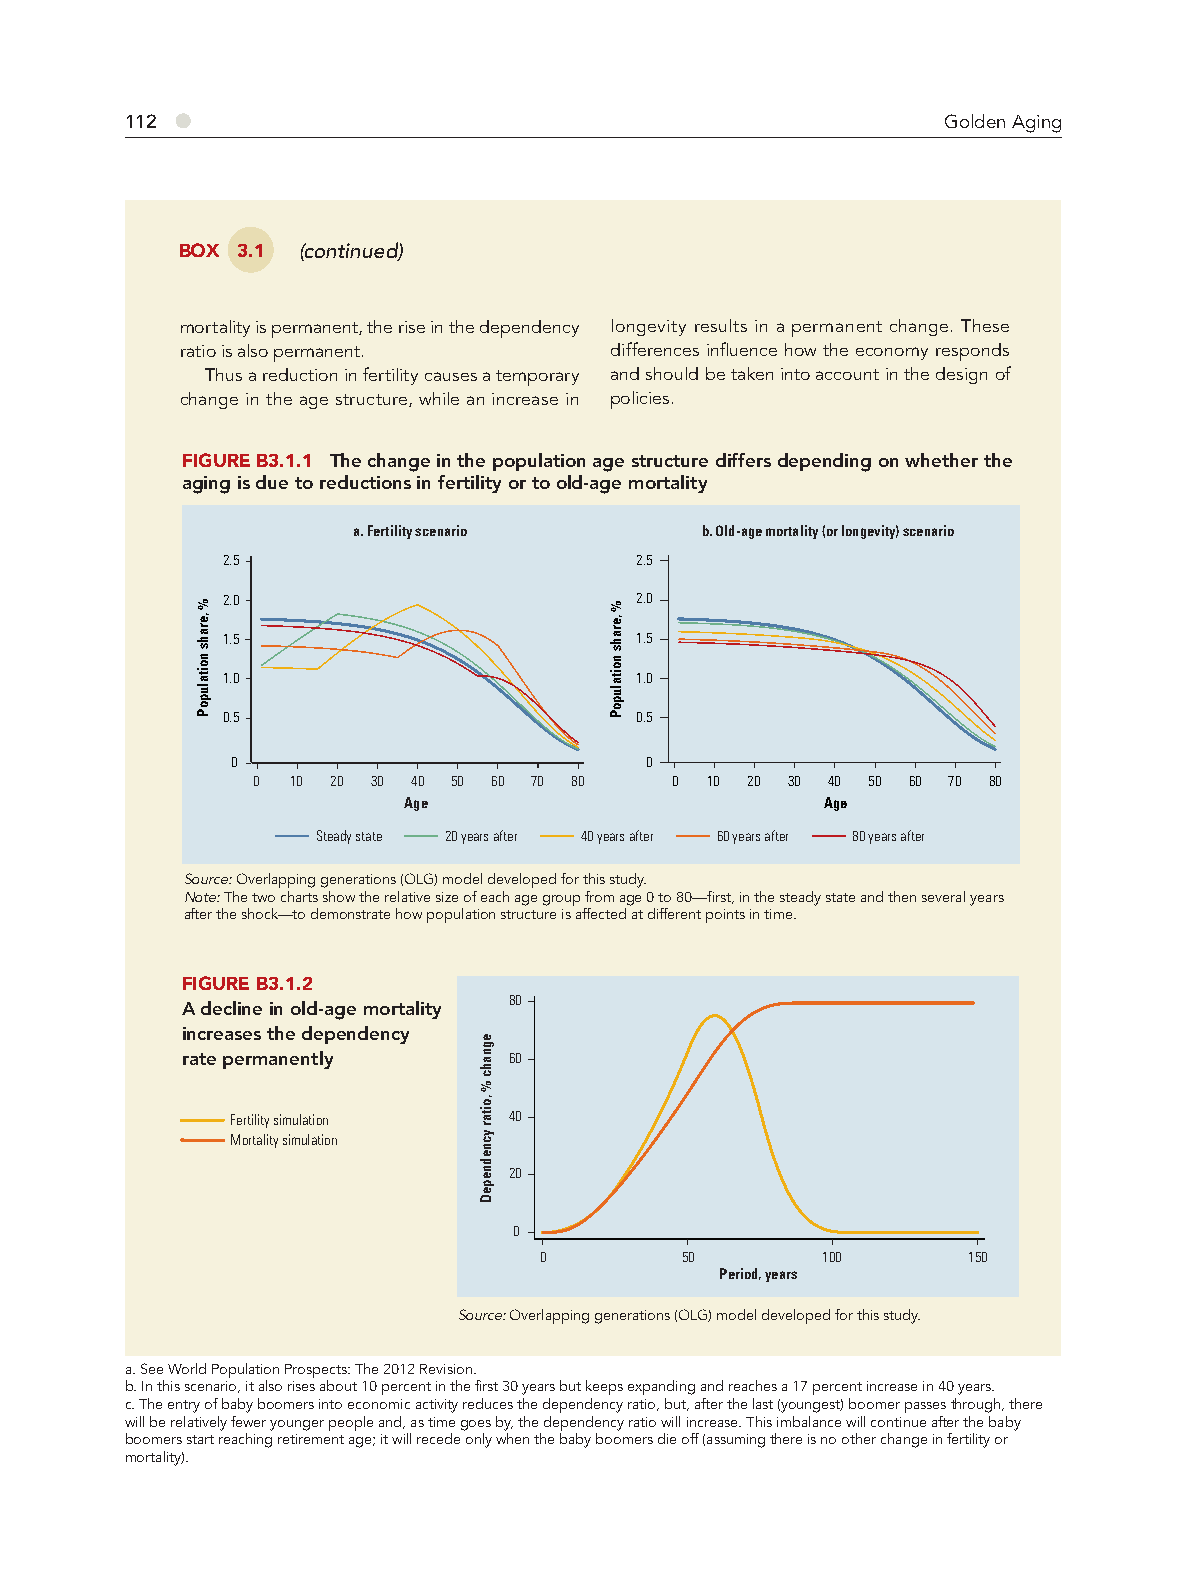
●
 112                                                    Golden Aging
 BOX 3.1 (continued)
 mortality is permanent, the rise in the dependency longevity results in a permanent change. These
 ratio is also permanent.    differences infl uence how the economy responds
 Thus a reduction in fertility causes a temporary and should be taken into account in the design of
 change in the age structure, while an increase in policies.
 FIGURE B3.1.1 The change in the population age structure differs depending on whether the
 aging is due to reductions in fertility or to old-age mortality
 a. Fertility scenario  b. Old-age mortality (or longevity) scenario
 2.5                        2.5
 2.0                        2.0
 1.5                        1.5
 1.0                        1.0
 0.5                        0.5
 0                           0
 0 10 20 30 40 50 60 70 80  0  10 20 30 40 50 60 70 80
 Age                         Age
 Steady state 20 years after 40 years after 60 years after 80 years after
 Source: Overlapping generations (OLG) model developed for this study.
 Note: The two charts show the relative size of each age group from age 0 to 80—first, in the steady state and then several years
 after the shock—to demonstrate how population structure is affected at different points in time.
 FIGURE B3.1.2
 80
 A decline in old-age mortality
 increases the dependency
 rate permanently      60
 Fertility simulation 40
 Mortality simulation
 20
 0
 0        50       100       150
 Period, years
 Source: Overlapping generations (OLG) model developed for this study.
 a. See World Population Prospects: The 2012 Revision.
 b. In this scenario, it also rises about 10 percent in the first 30 years but keeps expanding and reaches a 17 percent increase in 40 years.
 c. The entry of baby boomers into economic activity reduces the dependency ratio, but, after the last (youngest) boomer passes through, there
 will be relatively fewer younger people and, as time goes by, the dependency ratio will increase. This imbalance will continue after the baby
 boomers start reaching retirement age; it will recede only when the baby boomers die off (assuming there is no other change in fertility or
 mortality).
 %
 ,erahs
 noitalupoP
 egnahc
 %
 ,oitar
 ycnednepeD
 %
 ,erahs
 noitalupoP